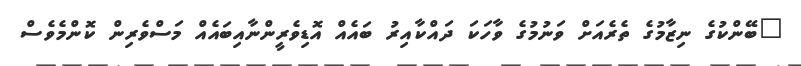
"ބޭންކުގެ ނިޒާމުގެ ތެރެއަށް ވަނުމުގެ ވާހަކަ ދައްކާއިރު ބައެއް އޮޑިވެރީންނާއިބައެއް މަސްވެރިން ކޮންމެވެސް